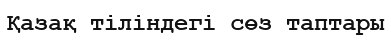
Қазақ тіліндегі сөз таптары